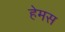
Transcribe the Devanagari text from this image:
हेमस